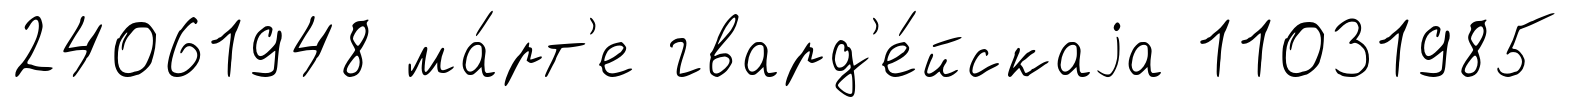
24061948 ма́рт'е гвард'е́йскаjа 11031985